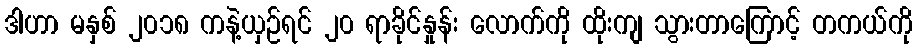
ဒါဟာ မနှစ် ၂၀၁၈ ကနဲ့ယှဉ်ရင် ၂၀ ရာခိုင်နှုန်း လောက်ကို ထိုးကျ သွားတာကြောင့် တကယ်ကို